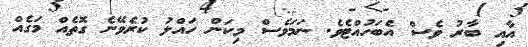
އާއި ބާރު ވެސް އެބަހުއްޓެވެ. ނަމަވެސް މިކަން ހައްލު ކުރެވޭނެ ގޮތެއް މަގެއް